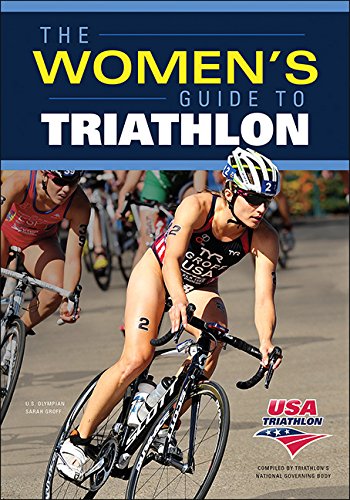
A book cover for Women's Guide to Triathlon, The; Health, Fitness & Dieting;